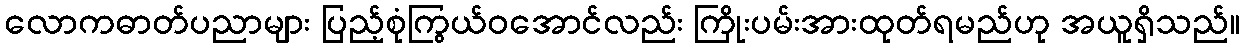
လောကဓာတ်ပညာများ ပြည့်စုံကြွယ်ဝအောင်လည်း ကြိုးပမ်းအားထုတ်ရမည်ဟု အယူရှိသည်။